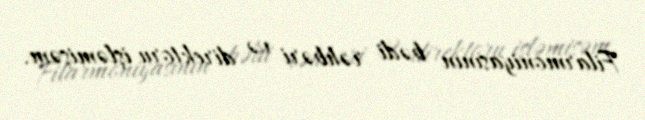
Filarmoniyasının bədi rəhbəri və direktoru işləmişəm.